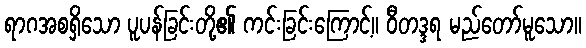
ရာဂအစရှိသော ပူပန်ခြင်းတို့၏ ကင်းခြင်းကြောင့်။ ဝီတဒ္ဒရ မည်တော်မူသော။